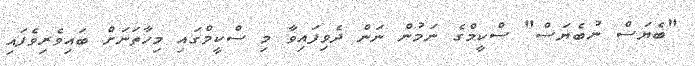
"ބެޔަސް ނުބެޔަސް" ސްކީމްގެ ނަމުން ނަން ދެވިފައިވާ މި ސްކީމްގައި މިހާތަނަށް ބައިވެރިވެފައި